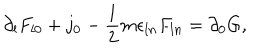
LaTeX: \partial _ { l } F _ { l 0 } + j _ { 0 } - \frac { 1 } { 2 } m \epsilon _ { l n } F _ { l n } = \partial _ { 0 } G ,